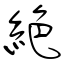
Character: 絶